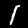
Label: 1